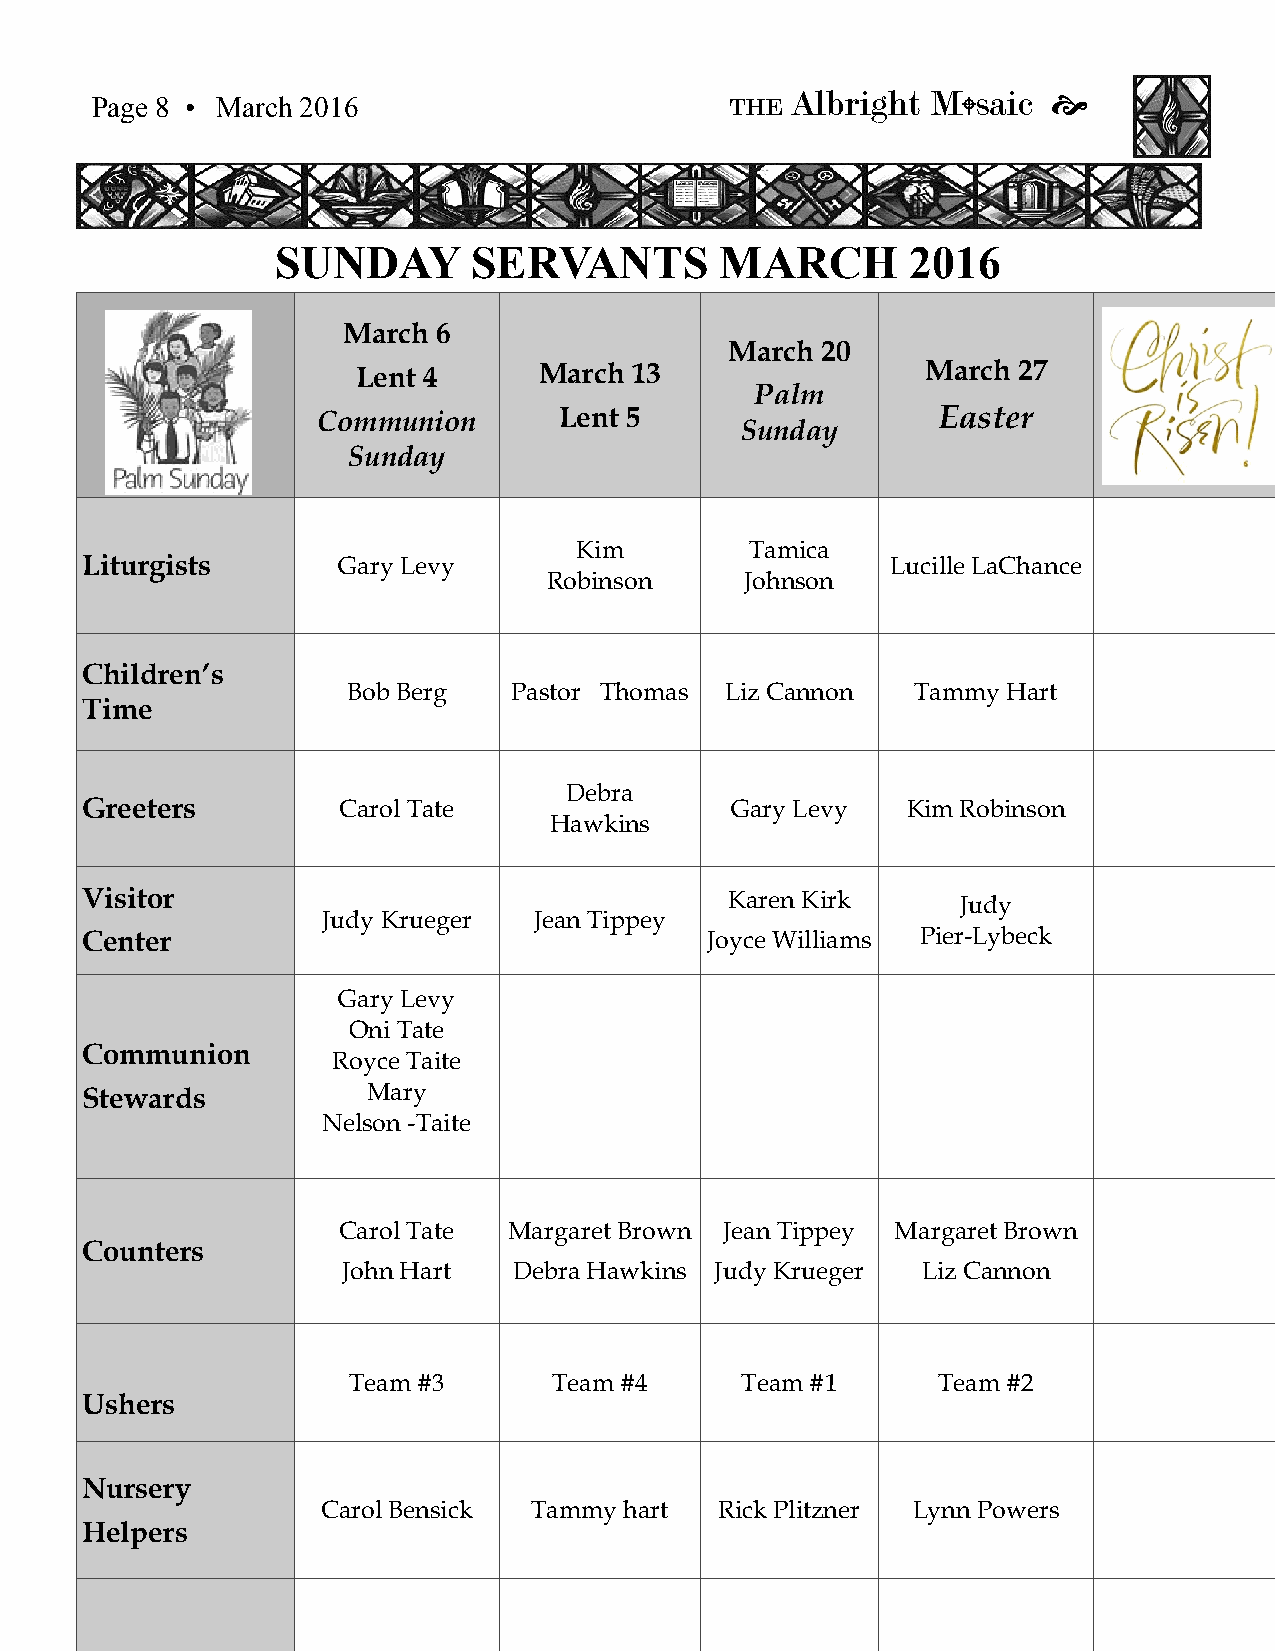
Albright  M  saic 
 Page 8 • March 2016                       THE             
 SUNDAY       SERVANTS         MARCH       2016
 March 6
 March 20
 Lent 4      March 13                 March 27
 Palm
 Communion       Lent 5                   Easter
 Sunday
 Sunday
 Kim         Tamica
 Liturgists       Gary Levy                            Lucille LaChance
 Robinson     Johnson
 Children’s
 Bob Berg   Pastor Thomas Liz Cannon   Tammy Hart
 Time
 Debra
 Greeters         Carol Tate                Gary Levy   Kim Robinson
 Hawkins
 Visitor                                    Karen Kirk      Judy
 Judy Krueger  Jean Tippey
 Center                                    Joyce Williams Pier-Lybeck
 Gary Levy
 Oni Tate
 Communion
 Royce Taite
 Stewards           Mary
 Nelson -Taite
 Carol Tate  Margaret Brown Jean Tippey Margaret Brown
 Counters
 John Hart  Debra Hawkins Judy Krueger Liz Cannon
 Team #3       Team #4     Team #1      Team #2
 Ushers
 Nursery
 Carol Bensick Tammy hart   Rick Plitzner Lynn Powers
 Helpers